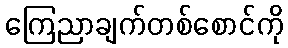
ကြေညာချက်တစ်စောင်ကို